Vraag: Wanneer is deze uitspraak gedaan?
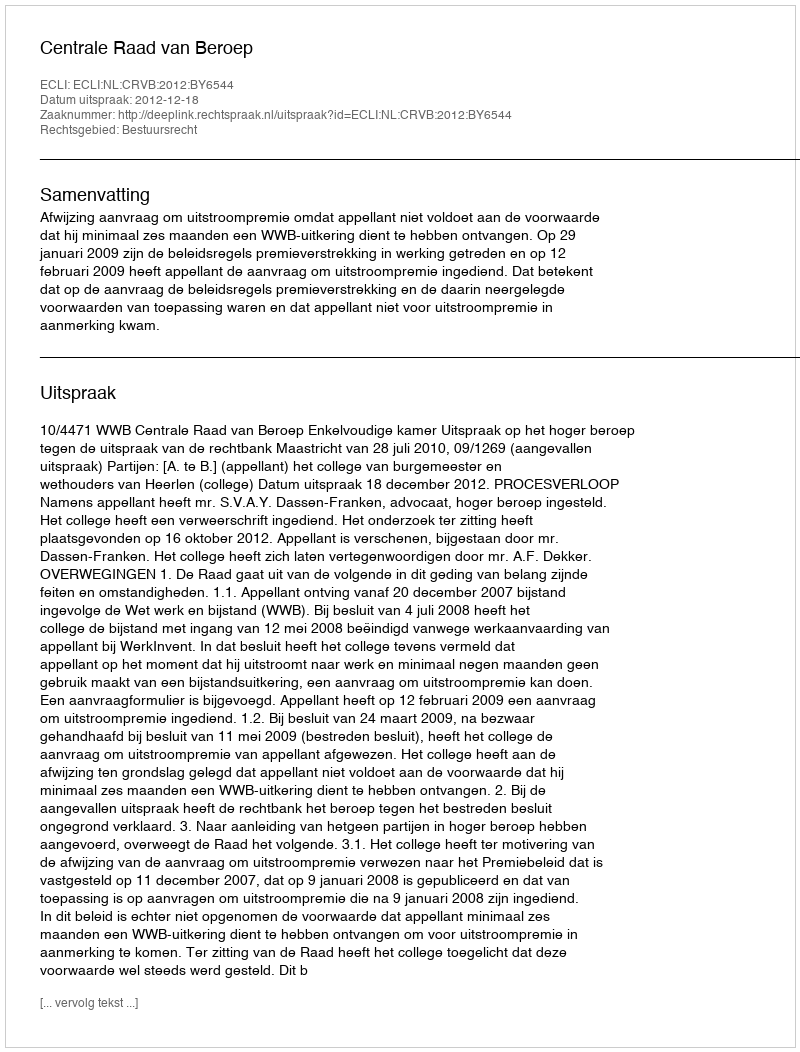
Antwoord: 2012-12-18